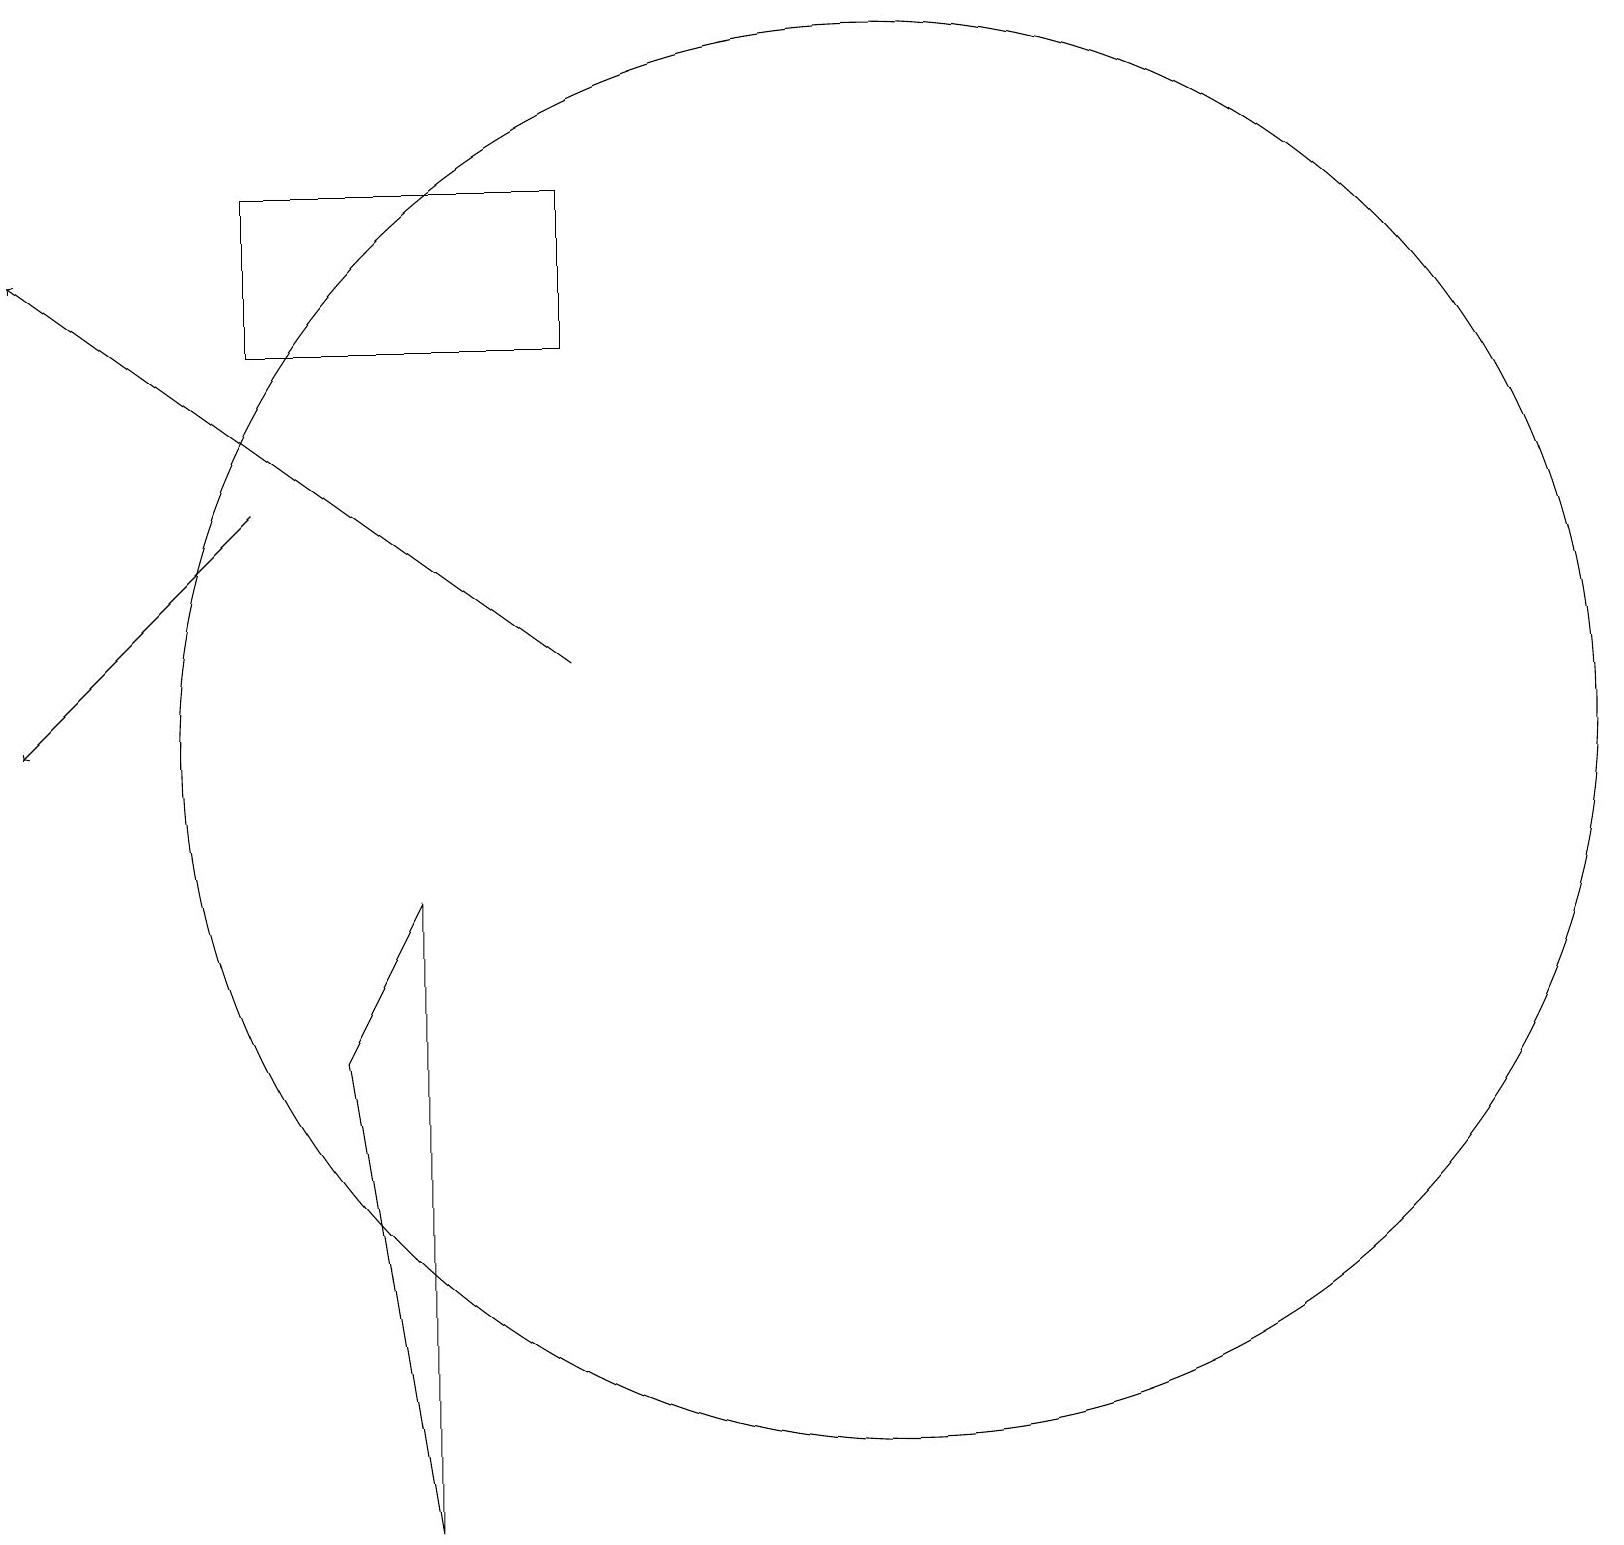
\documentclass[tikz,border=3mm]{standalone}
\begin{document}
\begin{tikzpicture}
\draw (5,1) -- (5,9) -- (4,7) -- cycle;
\draw[->] (7,12) -- (0,17);
\draw[->] (3,14) -- (0,11);
\draw (7,18) rectangle (3,16);
\draw (11,11) circle (9);
\draw (10,10) circle (0);
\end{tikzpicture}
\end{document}